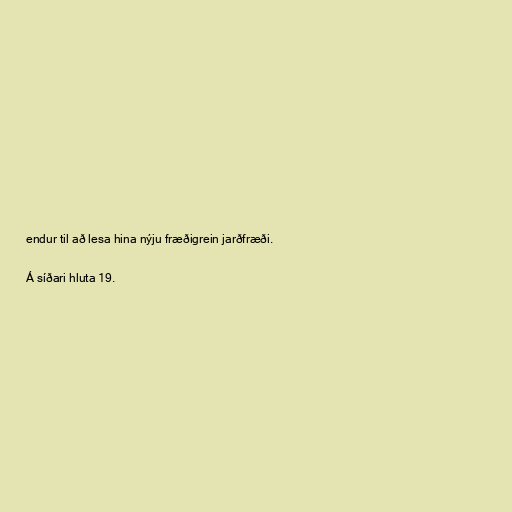
endur til að lesa hina nýju fræðigrein jarðfræði.

Á síðari hluta 19.